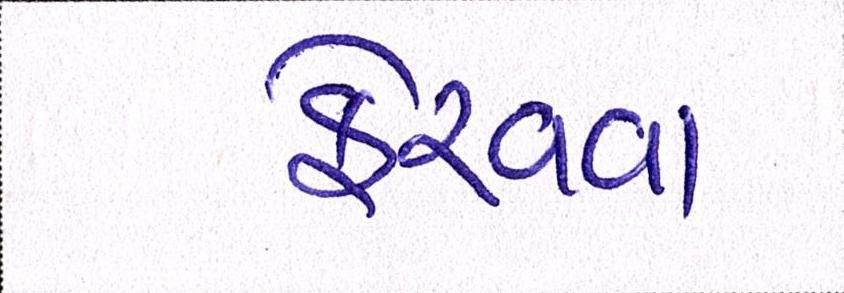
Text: ફેરવવા